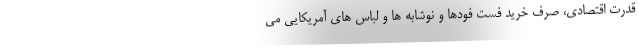
قدرت اقتصادی، صرف خرید فست فودها و نوشابه ها و لباس های آمریکایی می